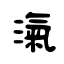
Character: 滊